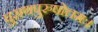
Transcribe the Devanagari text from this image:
पुराणपुरुषोत्तमः।